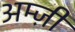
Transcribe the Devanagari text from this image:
अम्ज़ी